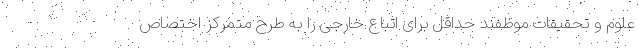
علوم و تحقیقات موظفند حداقل برای اتباع خارجی را به طرح متمرکز اختصاص